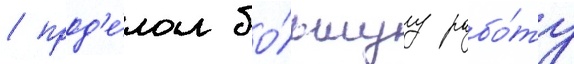
/ прод'е́лал бо́льшуу рабо́ту